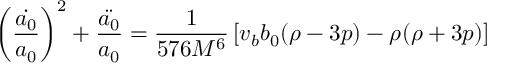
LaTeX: \left( \frac { \dot { a _ { 0 } } } { a _ { 0 } } \right) ^ { 2 } + \frac { \ddot { a _ { 0 } } } { a _ { 0 } } = \frac { 1 } { 5 7 6 M ^ { 6 } } \left[ v _ { b } b _ { 0 } ( \rho - 3 p ) - \rho ( \rho + 3 p ) \right]